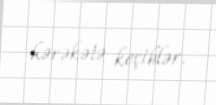
hərəkətə keçiblər.